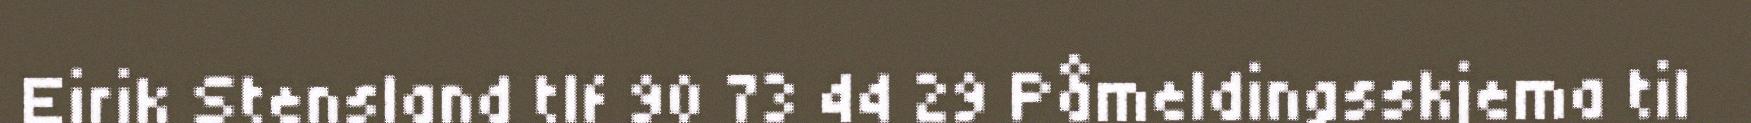
Eirik Stensland tlf 90 73 44 29 Påmeldingsskjema til